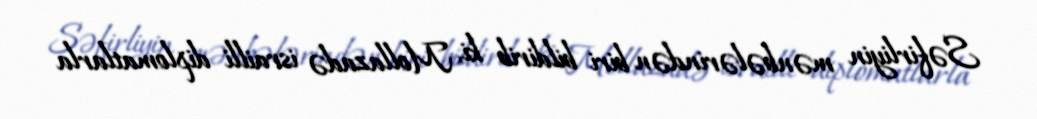
Səfirliyin mənbələrindən biri bildirib ki, Mollazadə israilli diplomatlarla